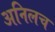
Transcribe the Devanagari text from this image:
अनिलच